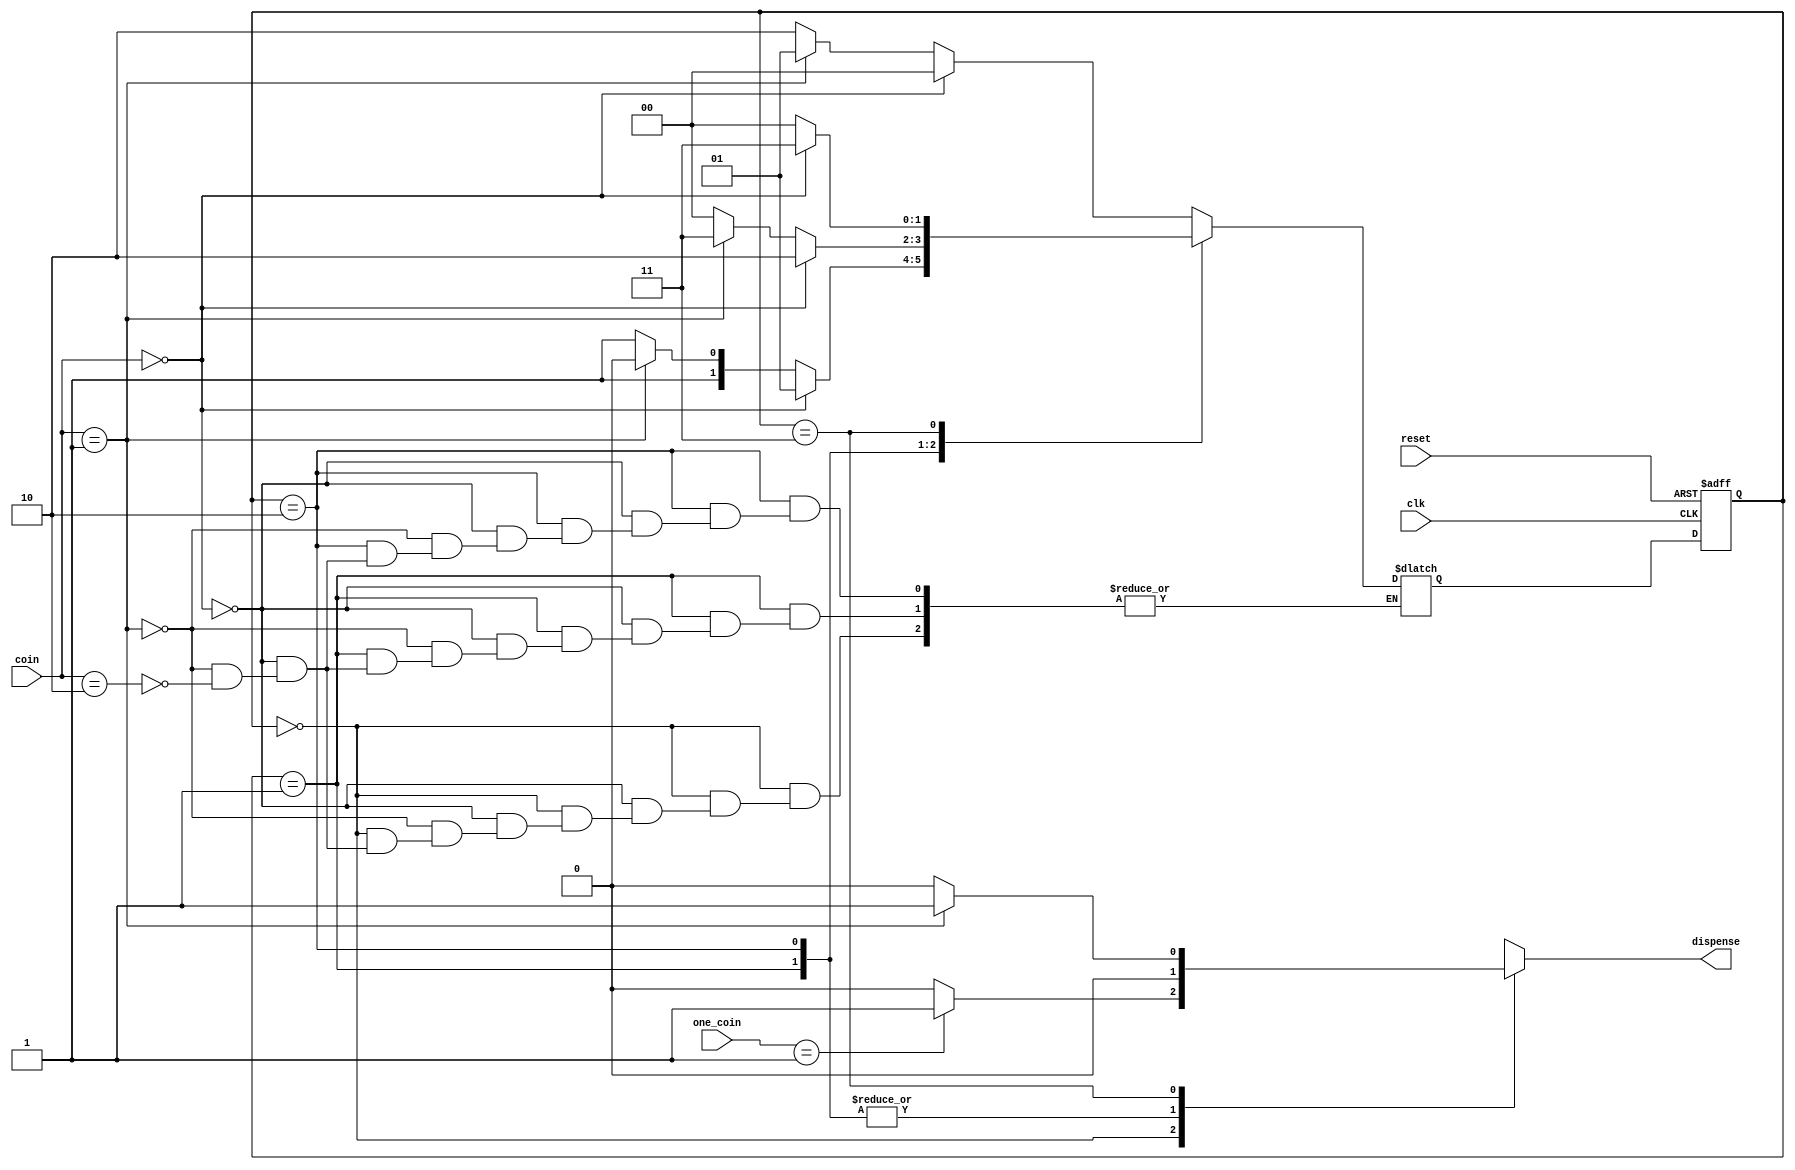
module vending_machine(coin, one_coin,clk, reset, dispense);

                        input[1:0] coin,one_coin;
                        input clk, reset;
                        output reg dispense;

                        reg[1:0] current_state, next_state;
                        parameter sWait = 2'b00, s25 = 2'b01, s50 = 2'b10, s75 = 2'b11;

                        always@ (posedge clk or negedge reset) begin
                            if(!reset)
                                current_state <= sWait;
                            else
                                current_state <= next_state;
                        end

                        always @(current_state or coin or one_coin) begin
                            case(current_state)
                                sWait : begin
                                            if(coin  == 2'b00)
                                                next_state = sWait;
                                            else begin
                                                if (coin == 2'b01)
                                                    next_state = s25;
                                                else
                                                    if (coin == 2'b10)
                                                        next_state = s50;
                                            end
                                        end
                                s25   : begin
                                            if (coin == 2'b00)
                                                next_state = s25;
                                            else begin
                                                if (coin == 2'b01)
                                                    next_state = s50;
                                                else 
                                                    if (coin == 2'b10)
                                                        next_state = s75;
                                            end
                                        end
                                s50   : begin
                                            if (coin == 2'b00)
                                                next_state = s50;
                                            else begin
                                                if (coin == 2'b01)
                                                    next_state = s75;
                                                else
                                                    if (coin == 2'b10)
                                                        next_state = sWait;  
                                            end
                                        end
                                s75   : begin 
                                            if(coin == 2'b00)
                                                next_state = s75;
                                            else
                                                next_state = sWait;
                                        end
                                default: next_state = sWait;
                            endcase
                            
                        end

                        always@(current_state or coin or one_coin) begin
                            case(current_state)
                                sWait : begin
                                        if( one_coin == 1'b1)
                                            dispense <= 1'b1;
                                        else
                                            dispense <= 1'b0;
                                        end
                                s25   : dispense <= 1'b0;
                                s50   : dispense <= 1'b0;
                                s75   : begin
                                            if(coin == 1)
                                                dispense <= 1'b1;
                                            else
                                                dispense <= 1'b0;
                                        end
                                default: dispense = 1'b0;
                            endcase
                        end
endmodule

/*always@(current_state or coin) begin
                            case(current_state)
                                sWait : dispense <= 1'b0;
                                s25   : dispense <= 1'b0;
                                s50   : dispense <= 1'b0;
                                s75   : dispense <= 1'b1;
                                default: dispense <= 1'b0;
                            endcase
                        end*/